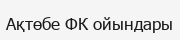
Ақтөбе ФК ойындары